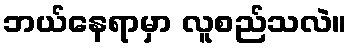
ဘယ်နေရာမှာ လူစည်သလဲ။